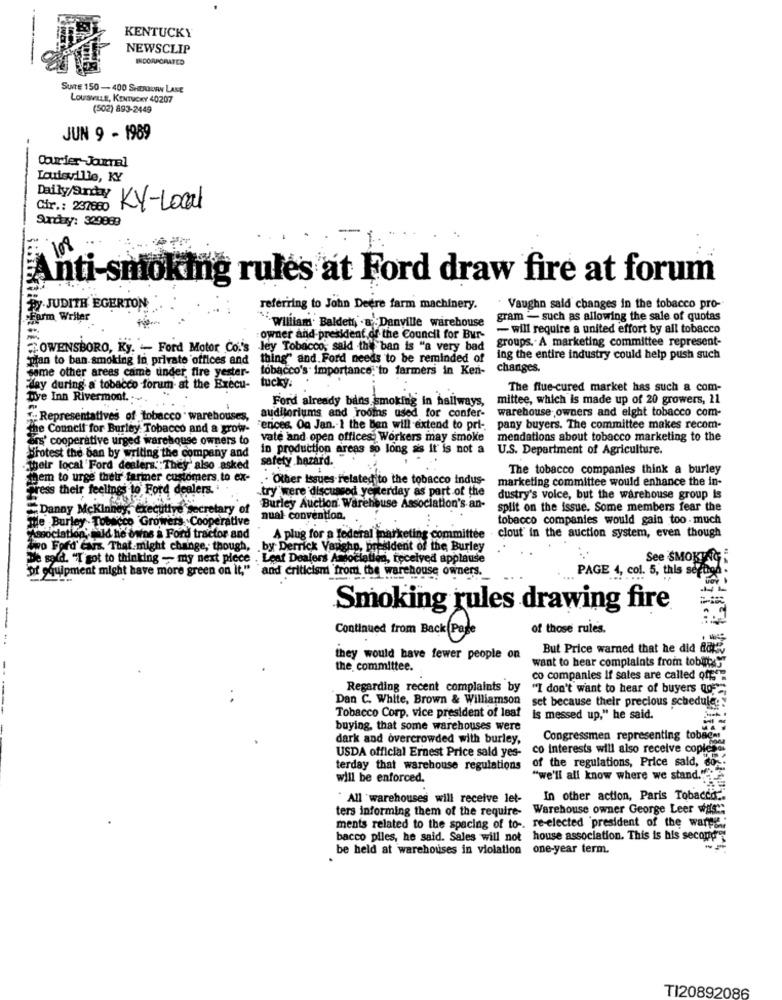
KENTUCKY
NEWSCLIP
SUITE 150-400 SHEOURN LANE
LOUSVILLE, KENTUCKY 40207
(502) 893-2449
JUN 9 - 1989
Courrier-Journal
Louisville, KY
Daily/Sunday
Cir .: 237860
KY-Local
Surday: 329889
nti-smoking rules at Ford draw fire at forum
By JUDITH EGERTON
referring to John Deere farm machinery.
. Vaughn said changes in the tobacco pro-
Farm Writer
gram - such as allowing the sale of quotas
"iwruitam. Baldet, . a Danville warehouse
- will require a united effort by all tobacco
owner and-president of the Council for Bur-
groups. A marketing committee represent-
OWENSBORO, Ky. - Ford Motor Co.'s Jey Tobacco; said the ban is "a very bad
plan to ban smoking in private offices and
thing" and. Ford needs to be reminded of
ing the entire industry could help push such
some other areas came under fire yester- tobacco's importance "to farmers in Ken- changes.
tucky:
Fday during a tobacco -forum at the Execu-
The flue-cured market has such a com-
five Inn Rivermont.
Ford already bans. smoking in hallways,
mittee, which is made up of 20 growers, 11
auditoriums and Yooins used for confer-
warehouse owners and eight tobacco com-
"Representatives of tobacco " warehouses,
the Council for Burley Tobacco and a grow-
"erices, On Jan. 1 the Ben will extend to pri-
pany buyers. The committee makes recom-
ars' cooperative urged warehouse owners to
vale and open offices. Workers may smoke
mendations about tobacco marketing to the
in production areas so long as it' is not a
U.S. Department of Agriculture.
Protest the ban by writing the company and
safety hazard.
their local Ford dealers."They' also asked
The tobacco companies think a burley
Them to urge their farmer customers. to ex-
.. Other Issues related to the tobacco indus-
marketing committee would enhance the in-
press their feelings to Ford dealers.
try were discussed yesterday as part of the
dustry's voice, but the warehouse group Is
Danny Mckinney, executive Secretary of
Burley Auction Warehouse Association's an-
split on the issue. Some members fear the
the Burley Tobacco Growers Cooperative
nual- convention.
tobacco companies would gain too much
clout in the auction system, even though
Ssociation, mald he owns a Ford tractor and
A plug for a federal marketing committee
Two Ford' Cars. That might change, though, by Derrick Vaughn, president of the Burley
De sald. "T got to thinking - my next piece . Leaf Dealers Association, received applause
See SMOKING
Df equipment might have more green on it," 'and criticism from the warehouse owners.
PAGE 4, col. 5, this section .
Smoking rules drawing fire
of those rules.
--
Continued from Back(Page
But Price warned that he did dat
they would have fewer people on
want to hear complaints from tobin"
the committee.
co companies If sales are called off ??
Regarding recent complaints by
"I don't want to hear of buyers qo
Dan C. White, Brown & Williamson
set because their precious schedule.
Tobacco Corp. vice president of leaf
Is messed up," he said.
buying, that some warehouses were
dark and overcrowded with burley,
Congressmen representing tobaca
co interests will also receive copiess
USDA official Ernest Price said yes-
terday that warehouse regulations
of the regulations, Price said, co -:
will be enforced.
"we'll all know where we stand."f"
"All 'warehouses will receive let-
In other action, Paris Tobacco ..
ters informing them of the require- Warehouse owner George Leer was":
ments related to the spacing of to -. re-elected president of the warps:
bacco piles, he said. Sales will not house association. This is his second
be held at warehouses in violation one-year term.
TI20892086